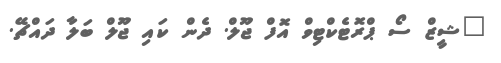
"ޝީޒް ސޯ ޕްރޮޓެކްޓިވް އޮފް ޖޫލް. ދެން ކައި ޖޫލް ބަލާ ދައްޗޭ.